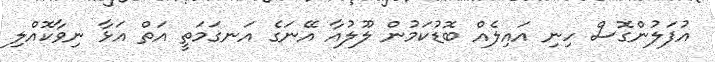
އުފަލުންގޮސް ހިނި އައިލެއް ބޮޑުކަމުން ލޫލުއާ އޭނަގެ އަނގަމަތީ އަތް އަޅާ ނިވާކޮއްލި